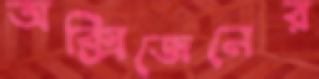
অক্সিজেনের